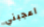
اعجبني